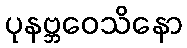
ပုနဗ္ဘဝေသိနော